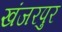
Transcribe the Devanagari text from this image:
खंजरपुर